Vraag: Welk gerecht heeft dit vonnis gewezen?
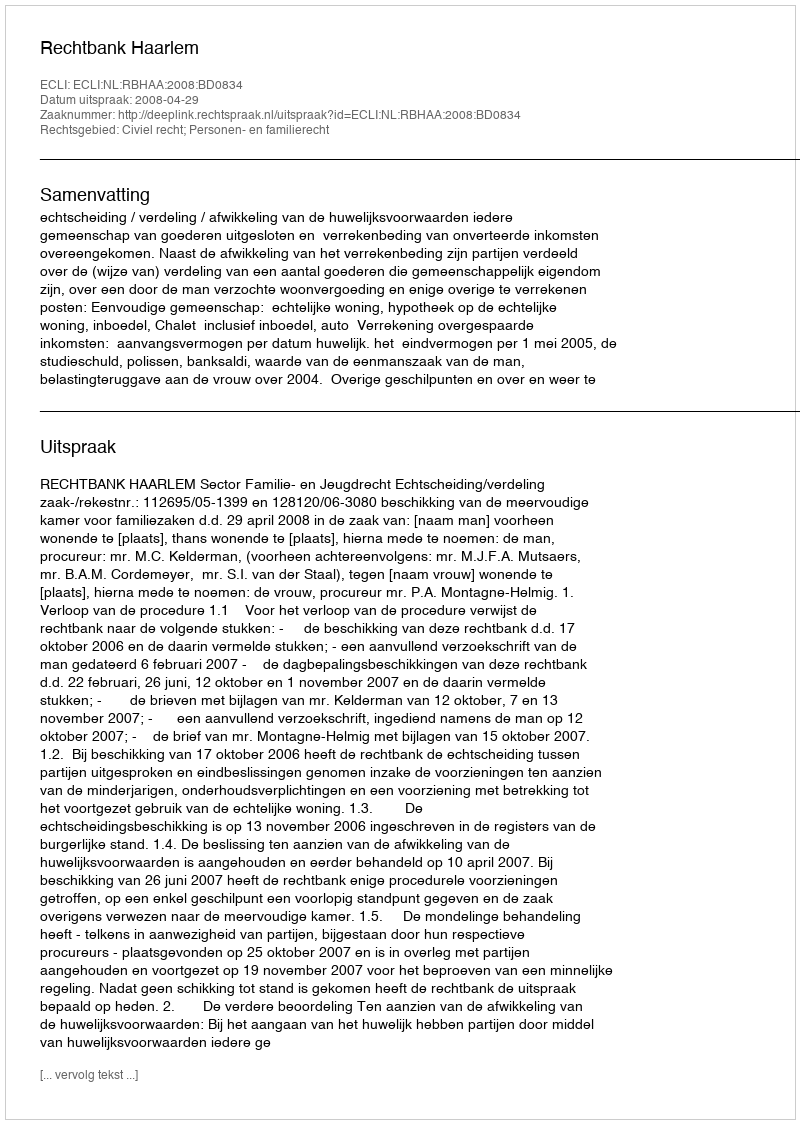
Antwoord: Rechtbank Haarlem